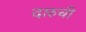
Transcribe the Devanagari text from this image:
दारुची